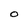
Character: O